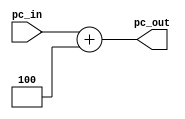
`timescale 1ns / 1ps
//////////////////////////////////////////////////////////////////////////////////
// Company: 
// Engineer: 
// 
// Design Name: 
// Module Name: NPC
// Project Name: 
// Target Devices: 
// Tool Versions: 
// Description: 
// 
// Dependencies: 
// 
// Revision:
// Revision 0.01 - File Created
// Additional Comments:
// 
//////////////////////////////////////////////////////////////////////////////////


module NPC(
input [31:0] pc_in,
output [31:0] pc_out
    );
assign pc_out = pc_in + 32'd4;;    //npc=pc+4
    
endmodule